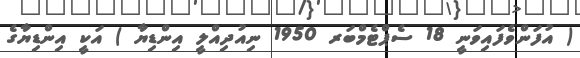
( އުފަންވެފައިވަނީ 18 ސެޕްޓެމްބަރ 1950 ނިއުދިއްލީ އިންޑިޔާ ) އަކީ އިންޑިޔާގެ